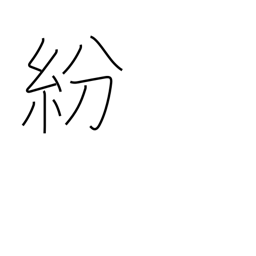
Meaning: distract